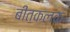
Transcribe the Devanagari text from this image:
बीतकलक